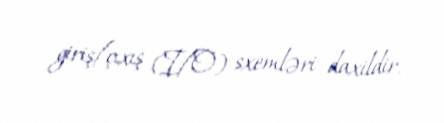
giriş/çıxış (I/O) sxemləri daxildir.